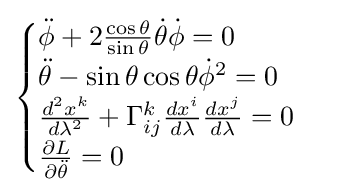
{\begin{cases}{\ddot {\phi }}+2{\frac {\cos \theta }{\sin \theta }}{\dot {\theta }}{\dot {\phi }}=0\\{\ddot {\theta }}-\sin \theta \cos \theta {\dot {\phi }}^{2}=0\\{\frac {d^{2}x^{k}}{d\lambda ^{2}}}+\Gamma _{ij}^{k}{\frac {dx^{i}}{d\lambda }}{\frac {dx^{j}}{d\lambda }}=0\\{\frac {\partial L}{\partial {\ddot {\theta }}}}=0\end{cases}}